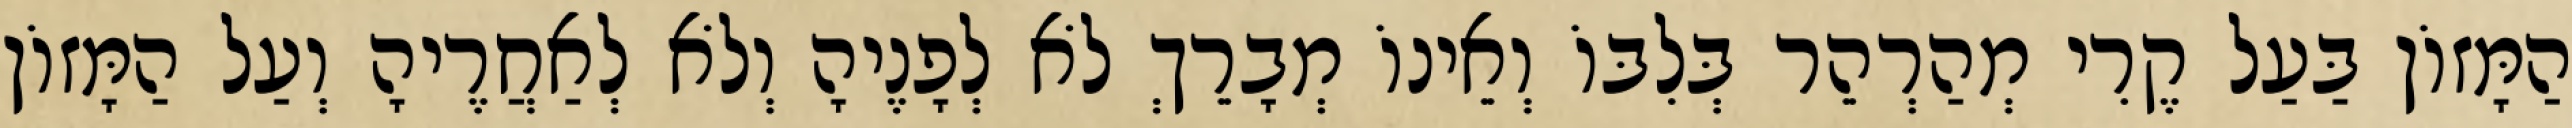
הַמָּזוֹן בַּעַל קֶרִי מְהַרְהֵר בְּלִבּוֹ וְאֵינוֹ מְבָרֵךְ לֹא לְפָנֶיהָ וְלֹא לְאַחֲרֶיהָ וְעַל הַמָּזוֹן